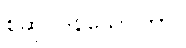
စဆုပ္ပဒနိသေဝိတာ။